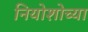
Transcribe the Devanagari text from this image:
नियोशोच्या